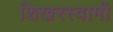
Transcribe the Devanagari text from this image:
शिखरस्वामी